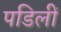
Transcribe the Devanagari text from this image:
पडिलीं